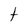
Character: t